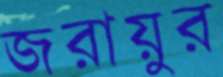
জরায়ুর